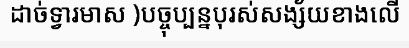
ដាច់ទ្វារមាស )បច្ចុប្បន្នបុរស់សង្ស័យខាងលើ